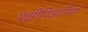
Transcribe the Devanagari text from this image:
पक्षीविज्ञानियों